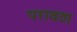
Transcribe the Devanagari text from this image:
परावठा